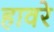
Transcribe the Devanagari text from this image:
हावरे